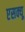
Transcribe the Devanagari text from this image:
एसक्यू